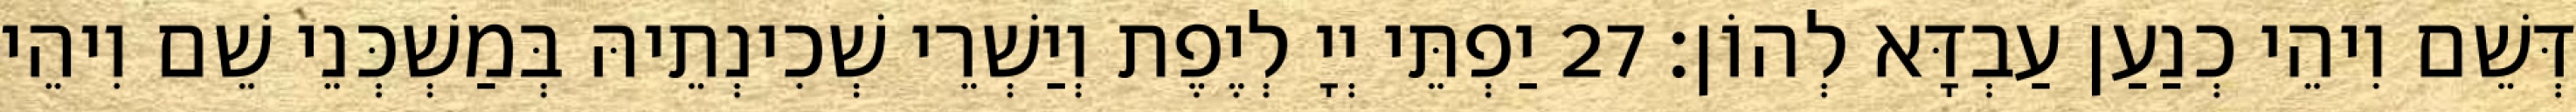
דְּשֵׁם וִיהֵי כְנַעַן עַבְדָּא לְהוֹן׃ 27 יַפְתֵּי יְיָ לְיֶפֶת וְיַשְׁרֵי שְׁכִינְתֵיהּ בְּמַשְׁכְּנֵי שֵׁם וִיהֵי